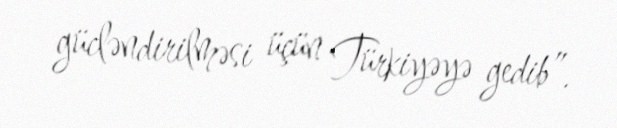
gücləndirilməsi üçün Türkiyəyə gedib”.